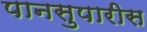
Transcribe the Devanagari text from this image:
पानसुपारीस